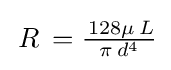
\,R\,={\tfrac {\,128\mu \,L}{\pi \,d^{4}}}